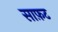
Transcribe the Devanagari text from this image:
साफ़ट